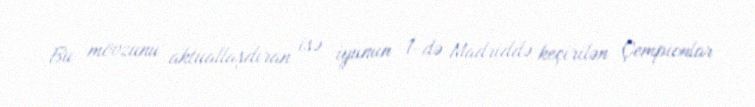
Bu mövzunu aktuallaşdıran isə iyunun 1-də Madriddə keçirilən Çempionlar